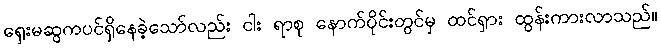
ရှေးမဆွကပင်ရှိနေခဲ့သော်လည်း ငါး ရာစု နောက်ပိုင်းတွင်မှ ထင်ရှား ထွန်းကားလာသည်။